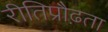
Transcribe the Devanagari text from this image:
रीतिप्रौढ़ता